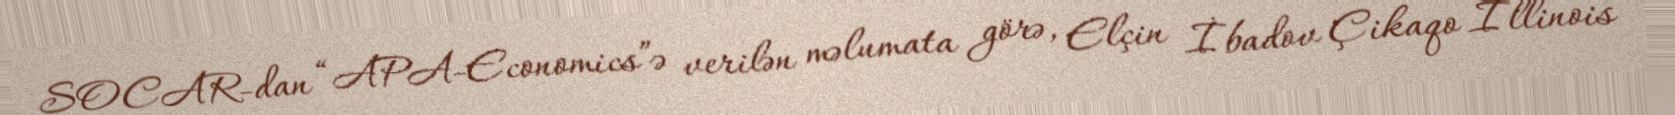
SOCAR-dan “APA-Economics”ə verilən məlumata görə, Elçin İbadov Çikaqo İllinois